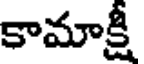
కామాక్షీ